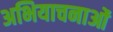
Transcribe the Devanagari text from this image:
अभियाचनाओं